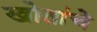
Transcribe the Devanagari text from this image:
खोतांचे